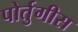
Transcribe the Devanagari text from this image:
पोर्तुगीस